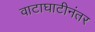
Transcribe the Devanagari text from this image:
वाटाघाटीनंतर